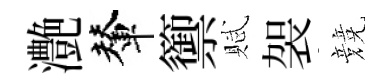
灔輦籞賦袈競